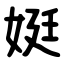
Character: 娗